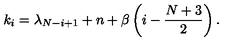
k _ { i } = \lambda _ { N - i + 1 } + n + \beta \left( i - \frac { N + 3 } { 2 } \right) .